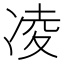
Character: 凌